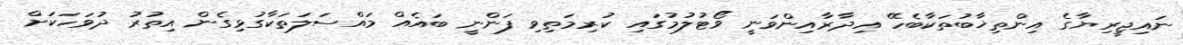
ނައިޖީރިޔާގެ އިންތިޚާބުތަކާބެހޭ އިދާރާއިންވަނީ ވޯޓުލުމުގައި ކުރިމަތިވި ފަންނީ ބައެއް މައްސަލަތަކާގުޅިގެން އިތުރު ދުވަހަކަށް